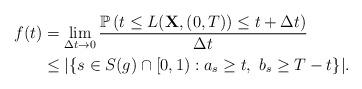
LaTeX: \begin{align*}f(t)&=\lim_{\Delta t\to 0}\frac{ \mathbb P\left(t\leq L(\mathbf{X},(0,T))\leq t+\Delta t \right)}{\Delta t}\\&\leq |\{s\in S(g)\cap [0,1): a_s\geq t,~ b_s\geq T-t\}|.\end{align*}